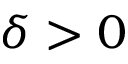
\delta > 0